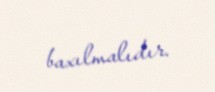
baxılmalıdır.